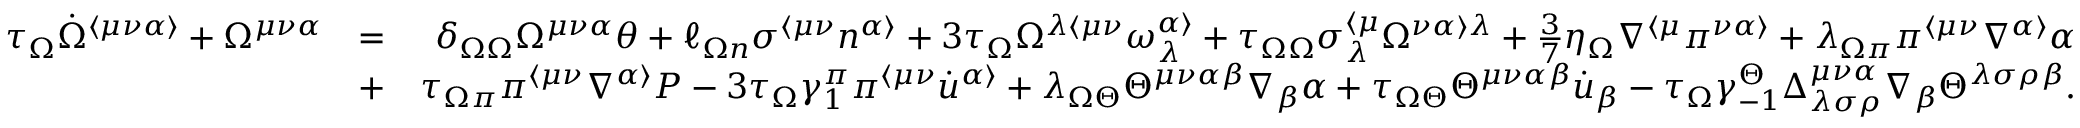
\begin{array} { r l r } { \tau _ { \Omega } \dot { \Omega } ^ { \langle \mu \nu \alpha \rangle } + \Omega ^ { \mu \nu \alpha } } & { = } & { \delta _ { \Omega \Omega } \Omega ^ { \mu \nu \alpha } \theta + \ell _ { \Omega n } \sigma ^ { \langle \mu \nu } n ^ { \alpha \rangle } + 3 \tau _ { \Omega } \Omega ^ { \lambda \langle \mu \nu } \omega ^ { \alpha \rangle } _ { \lambda } + \tau _ { \Omega \Omega } \sigma _ { \lambda } ^ { \langle \mu } \Omega ^ { \nu \alpha \rangle \lambda } + \frac { 3 } { 7 } \eta _ { \Omega } \nabla ^ { \langle \mu } \pi ^ { \nu \alpha \rangle } + \lambda _ { \Omega \pi } \pi ^ { \langle \mu \nu } \nabla ^ { \alpha \rangle } \alpha } \\ & { + } & { \tau _ { \Omega \pi } \pi ^ { \langle \mu \nu } \nabla ^ { \alpha \rangle } P - 3 \tau _ { \Omega } \gamma _ { 1 } ^ { \pi } \pi ^ { \langle \mu \nu } \dot { u } ^ { \alpha \rangle } + \lambda _ { \Omega \Theta } \Theta ^ { \mu \nu \alpha \beta } \nabla _ { \beta } \alpha + \tau _ { \Omega \Theta } \Theta ^ { \mu \nu \alpha \beta } \dot { u } _ { \beta } - \tau _ { \Omega } \gamma _ { - 1 } ^ { \Theta } \Delta _ { \lambda \sigma \rho } ^ { \mu \nu \alpha } \nabla _ { \beta } \Theta ^ { \lambda \sigma \rho \beta } . } \end{array}